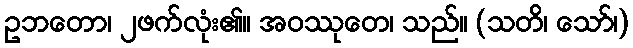
ဥဘတော၊ ၂ဖက်လုံး၏။ အဝဿုတေ၊ သည်။ (သတိ၊ သော်၊)